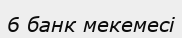
6 банк мекемесі